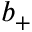
b _ { + }